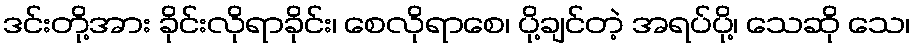
ဒင်းတို့အား ခိုင်းလိုရာခိုင်း၊ စေလိုရာစေ၊ ပို့ချင်တဲ့ အရပ်ပို့၊ သေဆို သေ၊